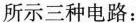
所示三种电路：